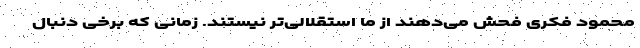
محمود فکری فحش می‌دهند از ما استقلالی‌تر نیستند. زمانی که برخی دنبال